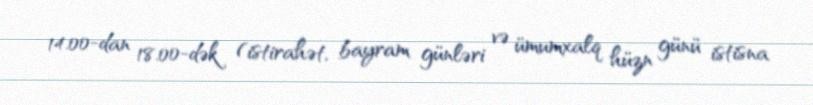
14.00-dan 18.00-dək (istirahət, bayram günləri və ümumxalq hüzn günü istisna